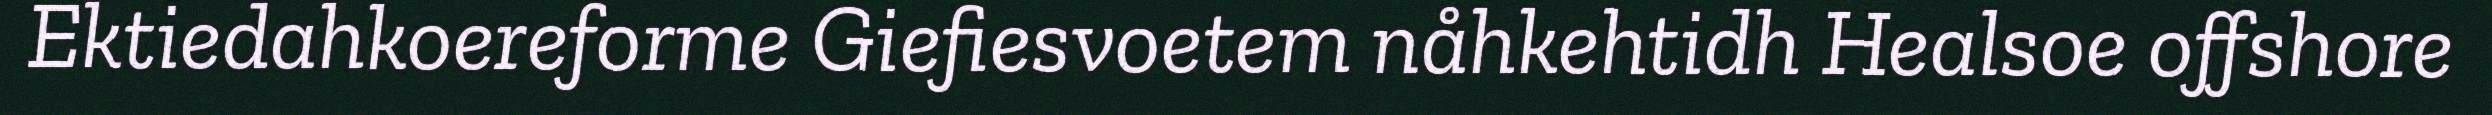
Ektiedahkoereforme Giefiesvoetem nåhkehtidh Healsoe offshore